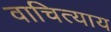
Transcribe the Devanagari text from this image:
वाचित्याय